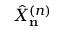
\hat { X } _ { \bf n } ^ { ( n ) }